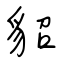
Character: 貂